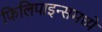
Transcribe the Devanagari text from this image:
फिलिपाइन्समध्ये